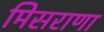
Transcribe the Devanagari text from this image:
मिसराणा